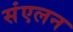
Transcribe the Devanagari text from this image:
संंएलन